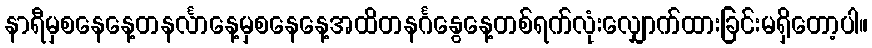
နာရီမှစနေနေ့တနင်္လာနေ့မှစနေနေ့အထိတနင်္ဂနွေနေ့တစ်ရက်လုံးလျှောက်ထားခြင်းမရှိတော့ပါ။